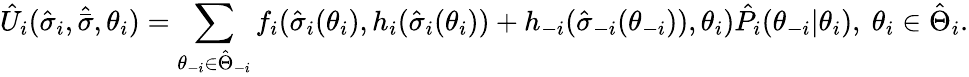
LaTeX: \hat{U}_{i}(\hat{\sigma}_{i},\hat{\bar{\sigma}},\theta_{i})=\sum_{\theta_{-i}\in\hat{\Theta}_{-i}}f_{i}(\hat{\sigma}_{i}(\theta_{i}),h_{i}(\hat{\sigma}_{i}(\theta_{i}))+h_{-i}(\hat{\sigma}_{-i}(\theta_{-i})),\theta_{i})\hat{P}_{i}(\theta_{-i}|\theta_{i}),\ \theta_{i}\in\hat{\Theta}_{i}.